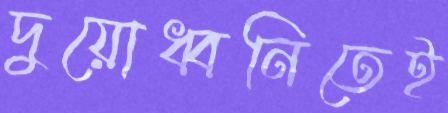
দুয়োধ্বনিতেই